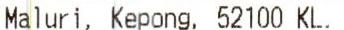
MALURI, KEPONG, 52100 KL.